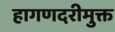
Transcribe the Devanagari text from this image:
हागणदरीमुक्त